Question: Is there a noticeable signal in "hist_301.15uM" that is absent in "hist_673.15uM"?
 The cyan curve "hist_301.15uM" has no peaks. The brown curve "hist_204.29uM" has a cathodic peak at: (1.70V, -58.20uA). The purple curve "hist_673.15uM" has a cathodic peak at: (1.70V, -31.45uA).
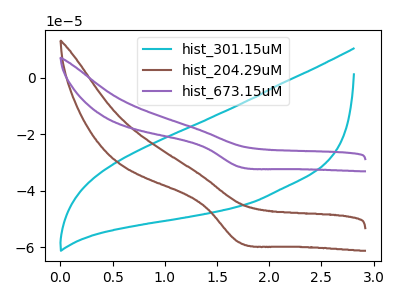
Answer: <think>"hist_301.15uM" and "hist_673.15uM" have a different number of peaks.
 </think>
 <answer>Yes, "hist_301.15uM" and "hist_673.15uM" are different in shape.</answer>
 <eval>yes_change</eval>